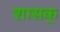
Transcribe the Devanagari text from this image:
शासक्